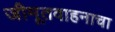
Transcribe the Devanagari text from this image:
जीमूतवाहनाचा